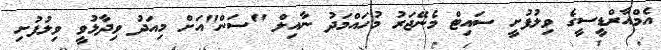
އެމްއާރްޑީސީގެ ވިލުފުށީ ސައިޓް މެނޭޖަރު މުހައްމަދު ނާއިލް "ސަން"އަށް މިއަދު ވިދާޅުވީ ވިލުފުށި